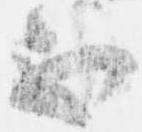
不